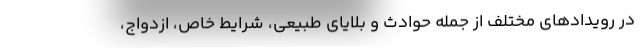
در رویدادهای مختلف از جمله حوادث و بلایای طبیعی، شرایط خاص، ازدواج،